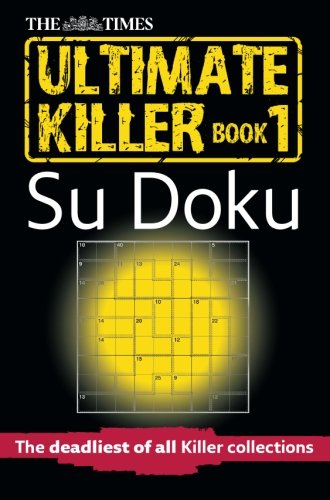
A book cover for The Times Ultimate Killer Su Doku (Times Su Doku); The Times Mind Games; Humor & Entertainment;